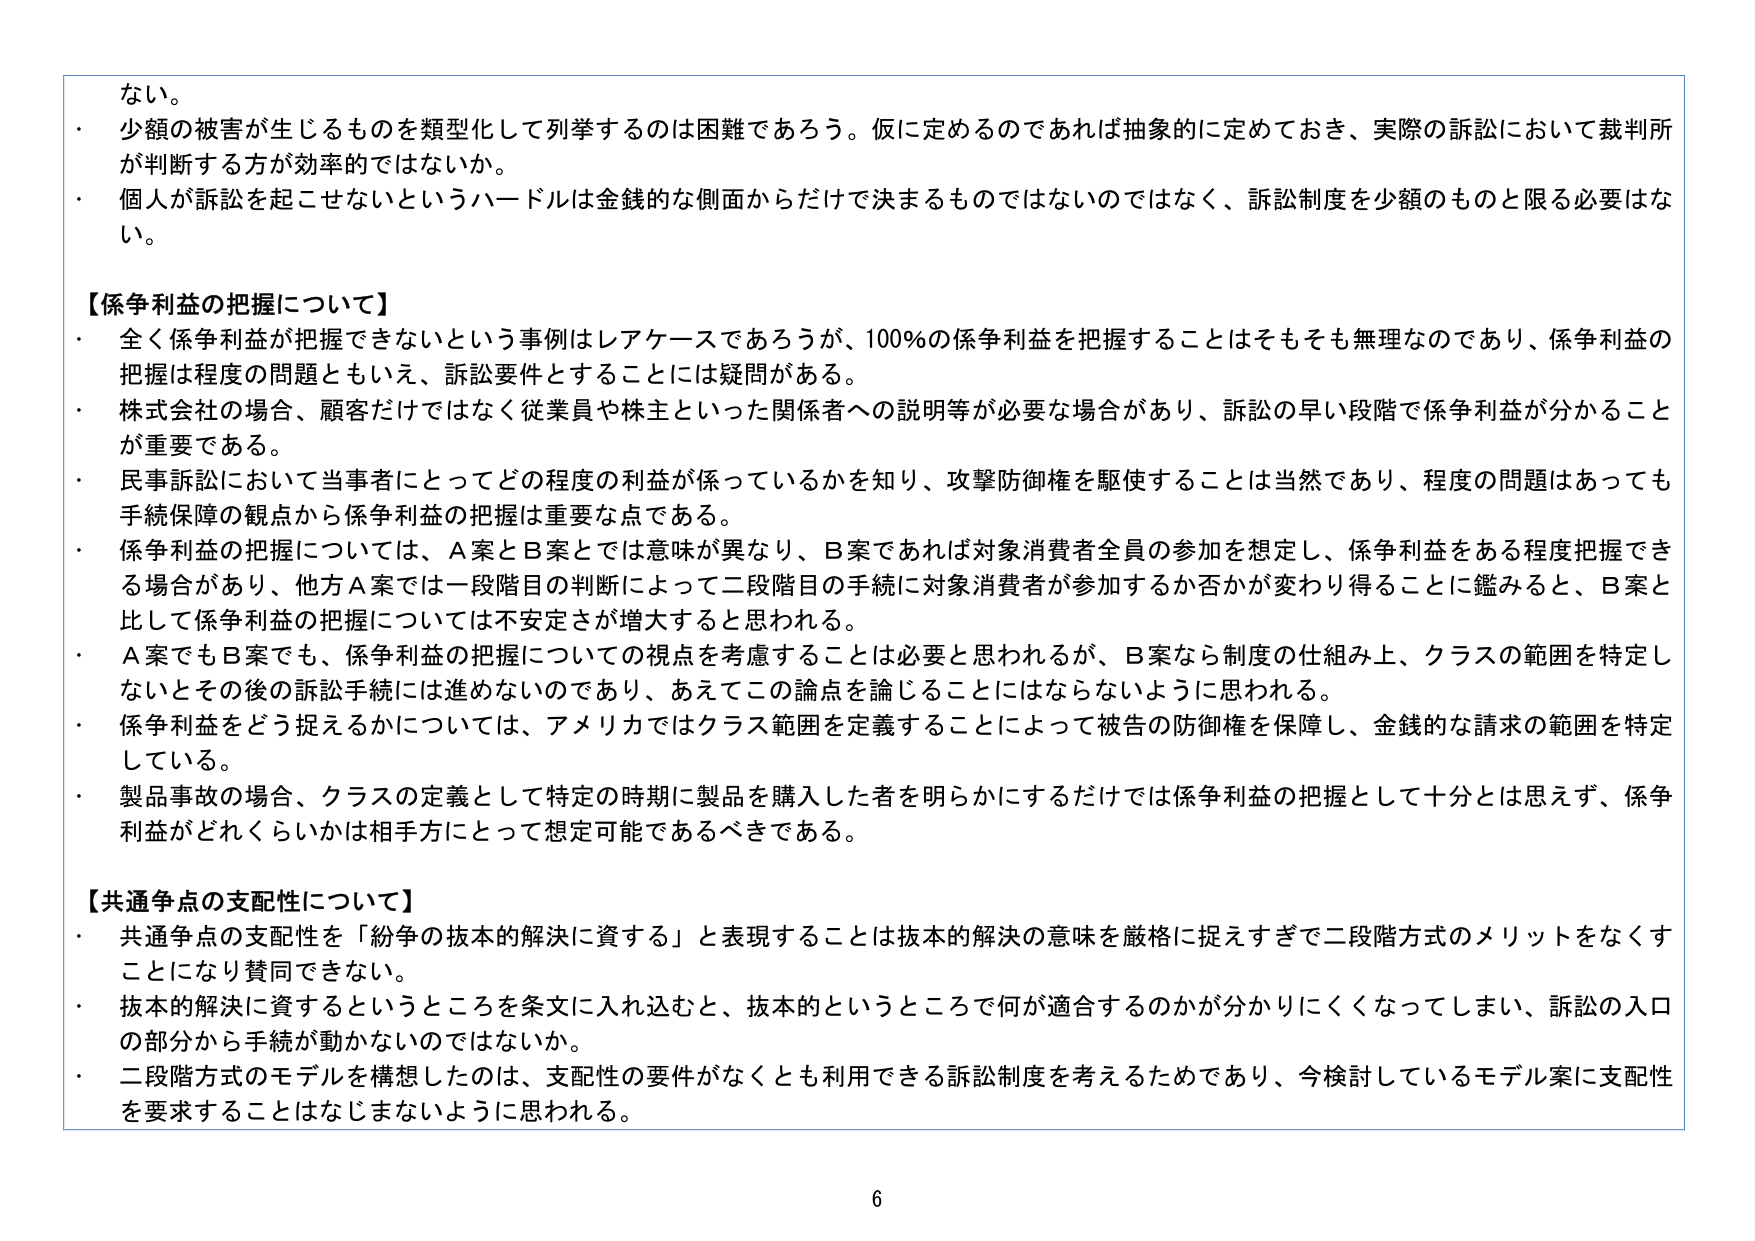
ない。

・ 少額の被害が生じるものを類型化して列挙するのは困難であろう。仮に定めるのであれば抽象的に定めておき、実際の訴訟において裁判所が判断する方が効率的ではないか。

・ 個人が訴訟を起こせないというハードルは金銭的な側面からだけで決まるものではないのではなく、訴訟制度を少額のものと限る必要はない。

【係争利益の把握について】

・ 全く係争利益が把握できないという事例はレアケースであろうが、100％の係争利益を把握することはそもそも無理なのであり、係争利益の把握は程度の問題ともいえ、訴訟要件とすることには疑問がある。

・ 株式会社の場合、顧客だけではなく従業員や株主といった関係者への説明等が必要な場合があり、訴訟の早い段階で係争利益が分かること が重要である。

・ 民事訴訟において当事者にとってどの程度の利益が係っているかを知り、攻撃防御権を駆使することは当然であり、程度の問題はあっても 手続保障の観点から係争利益の把握は重要な点である。

・ 係争利益の把握については、A案とB案とでは意味が異なり、B案であれば対象消費者全員の参加を想定し、係争利益をある程度把握できる場合があり、他方A案では一段階目の判断によって二段階目の手続に対象消費者が参加するか否かが変わり得ることに鑑みると、B案と 比して係争利益の把握については不安定さが増大すると思われる。

・ A案でもB案でも、係争利益の把握についての視点を考慮することは必要と思われるが、B案なら制度の仕組み上、クラスの範囲を特定しないとその後の訴訟手続には進めないのであり、あえてこの論点を論じることにはならないように思われる。

・ 係争利益をどう捉えるかについては、アメリカではクラス範囲を定義することによって被告の防御権を保障し、金銭的な請求の範囲を特定している。

・ 製品事故の場合、クラスの定義として特定の時期に製品を購入した者を明らかにするだけでは係争利益の把握として十分とは思えず、係争 利益がどれくらいかは相手方にとって想定可能であるべきである。

【共通争点の支配性について】

・ 共通争点の支配性を「紛争の抜本的解決に資する」と表現することは抜本的解決の意味を厳格に捉えすぎて二段階方式のメリットをなくすことになり賛同できない。

・ 抜本的解決に資するというところを条文に入れ込むと、抜本的というところで何が適合するのかが分かりにくくなってしまい、訴訟の入口 の部分から手続が動かないのではないか。

・ 二段階方式のモデルを構想したのは、支配性の要件がなくとも利用できる訴訟制度を考えるためであり、今検討しているモデル案に支配性 を要求することはなじまないように思われる。

6